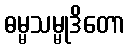
ဓမ္မသမ္မုဒိတော